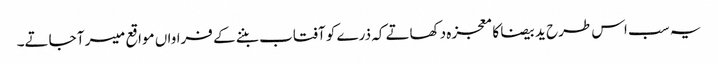
یہ سب اس طرح ید بیضا کا معجزہ دکھاتے کہ ذرے کو آفتاب بننے کے فراواں مواقع میسر آ جاتے۔